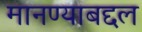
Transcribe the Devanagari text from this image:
मानण्याबद्दल